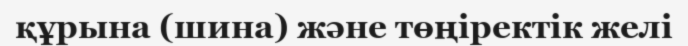
құрына (шина) және төңіректік желі